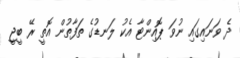
ދެ ވަނައިގައި ނުވަ ޕޮއިންޓާ އެކު ލަނޑުގެ ތަފާތުން އޮތީ ރޭ ބީޖީ